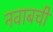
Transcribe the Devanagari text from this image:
नवाबची